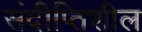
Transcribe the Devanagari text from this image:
संदीप्तिशील